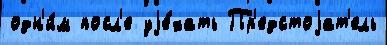
одн'и́м посл'е уjе́хать Пр'едстоjат'ель